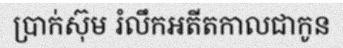
ប្រាក់ស៊ុម រំលឹកអតីតកាលជាកូន